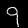
Label: 9